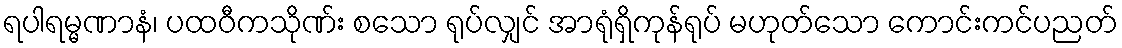
ရပါရမ္မဏာနံ၊ ပထဝီကသိုဏ်း စသော ရုပ်လျှင် အာရုံရှိကုန်ရုပ် မဟုတ်သော ကောင်းကင်ပညတ်